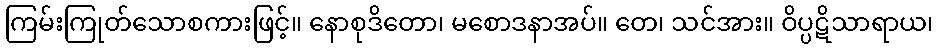
ကြမ်းကြုတ်သောစကားဖြင့်။ နောစုဒိတော၊ မစောဒနာအပ်။ တေ၊ သင်အား။ ဝိပ္ပဋိသာရာယ၊